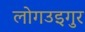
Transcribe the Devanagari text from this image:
लोगउइगुर